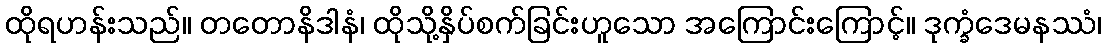
ထိုရဟန်းသည်။ တတောနိဒါနံ၊ ထိုသို့နှိပ်စက်ခြင်းဟူသော အကြောင်းကြောင့်။ ဒုက္ခံဒေမနဿံ၊